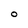
Character: O